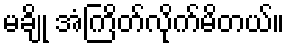
မချို အံကြိတ်လိုက်မိတယ်။